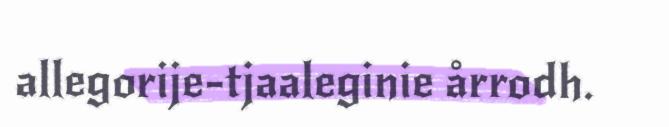
allegorije-tjaaleginie årrodh.